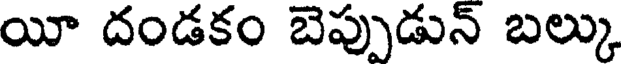
యీ దండకం బెప్పుడున్ బల్కు